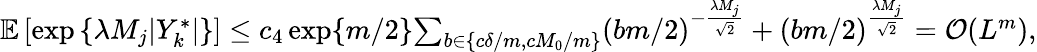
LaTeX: \begin{array}{r}{\mathbb{E}\left[\exp\left\{ \lambda M_{j}|Y_{k}^{*}|\right\} \right]\leq c_{4}\exp\{ m/2\} {\sum_{b\in\{ c\delta/m,cM_{0}/m\} }}(bm/2)^{-\frac{\lambda M_{j}}{\sqrt{2}}}+(bm/2)^{\frac{\lambda M_{j}}{\sqrt{2}}}=\mathcal{O}(L^{m}),}\end{array}